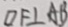
D F \bot A B